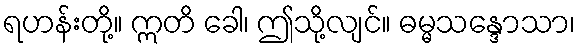
ရဟန်းတို့။ ဣတိ ခေါ၊ ဤသို့လျင်။ ဓမ္မသန္ဒောသာ၊